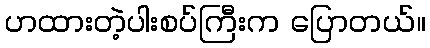
ဟထားတဲ့ပါးစပ်ကြီးက ပြောတယ်။